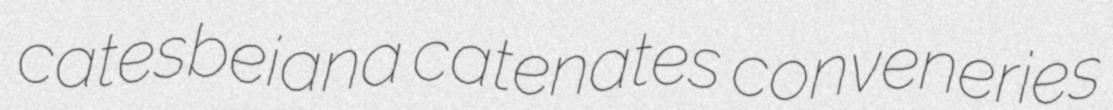
catesbeiana catenates conveneries